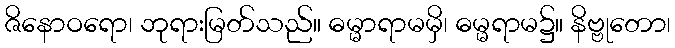
ဇိနောဝရော၊ ဘုရားမြတ်သည်။ ဓမ္မာရာမမှိ၊ ဓမ္မရာမ၌။ နိဗ္ဗုတော၊